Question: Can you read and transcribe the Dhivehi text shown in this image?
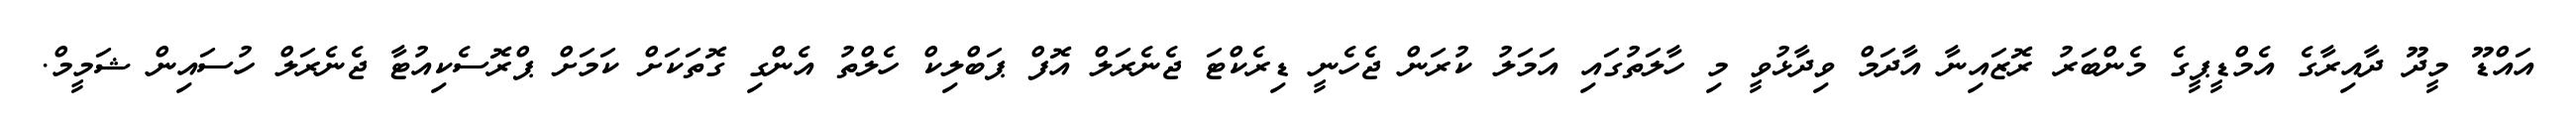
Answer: އައްޑޫ މީދޫ ދާއިރާގެ އެމްޑީޕީގެ މެންބަރު ރޮޒައިނާ އާދަމް ވިދާޅުވީ މި ހާލަތުގައި އަމަލު ކުރަން ޖެހެނީ ޑިރެކްޓަ ޖެނެރަލް އޮފް ޕަބްލިކް ހެލްތު އެންގި ގޮތަކަށް ކަމަށް ޕްރޮސެކިއުޓާ ޖެނެރަލް ހުސައިން ޝަމީމް.